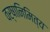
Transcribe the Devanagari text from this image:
वर्षानिमित्‍य